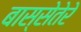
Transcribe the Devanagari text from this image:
बास्सेतेरे